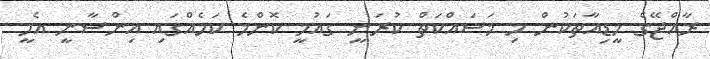
ރާއްޖޭގެ މީޑިއާތަކުން މި މަސައްކަތް ކުރަނީ ގައުމީ ކޮންމެ ކަމެއްގައި އިންސާނީ އެހީ